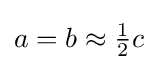
{\textstyle a=b\approx {\frac {1}{2}}c}